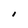
Character: I